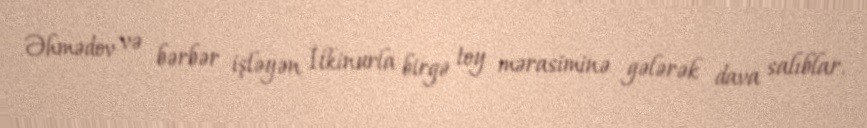
Əhmədov və bərbər işləyən İlkinurla birgə toy mərasiminə gələrək dava salıblar.